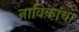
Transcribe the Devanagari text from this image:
नाविकांचा